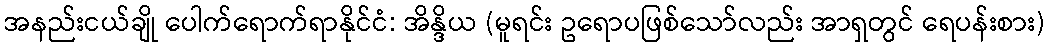
အနည်းငယ်ချို ပေါက်ရောက်ရာနိုင်ငံ: အိန္ဒိယ (မူရင်း ဥရောပဖြစ်သော်လည်း အာရှတွင် ရေပန်းစား)